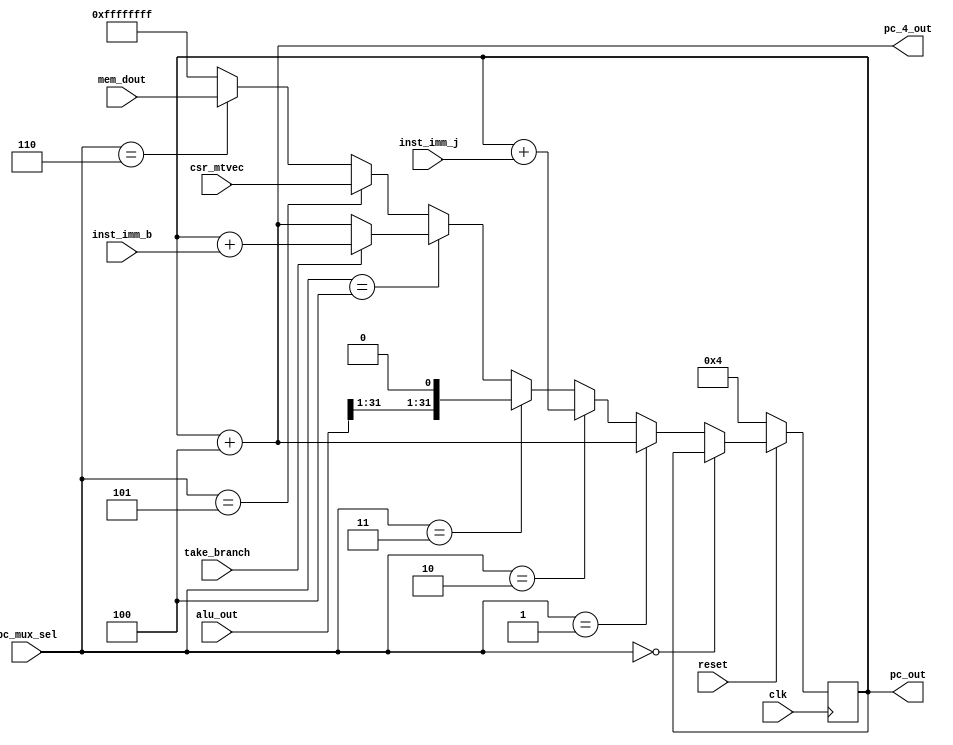
`timescale 1ns / 1ns

module pc(
    input clk,
    input reset,

    input [2:0] pc_mux_sel,
    input [31:0] alu_out,
    input [31:0] inst_imm_j,
    input [31:0] inst_imm_b,
    input [31:0] csr_mtvec,
    input [31:0] mem_dout,
    input take_branch,

    output [31:0] pc_out,
    output [31:0] pc_4_out
    );

    reg [31:0] pc_reg;

    wire [31:0] pc_reg_update;
    wire [31:0] pc_4;
    wire [31:0] branch_addr;

    initial begin
        pc_reg = 'd4;
    end

    always @(posedge clk) begin
        if (reset == 'd0) begin
            pc_reg <= 'd4;
        end else begin
            pc_reg <= pc_reg_update;
        end
    end

    assign pc_4 = pc_reg + 'd4;

    assign pc_reg_update = (pc_mux_sel == 'd0) ? pc_reg :
                           (pc_mux_sel == 'd1) ? pc_4 :
                           (pc_mux_sel == 'd2) ? pc_reg + inst_imm_j :
                           (pc_mux_sel == 'd3) ? {alu_out[31:1], 1'b0} :
                           (pc_mux_sel == 'd4) ? branch_addr :
                           (pc_mux_sel == 'd5) ? csr_mtvec :
                           (pc_mux_sel == 'd6) ? mem_dout :
                           'hFFFFFFFF;

    assign branch_addr = (take_branch == 'd0) ? pc_4 :
                         pc_reg + inst_imm_b;

    assign pc_out = pc_reg;
    assign pc_4_out = pc_4;

endmodule